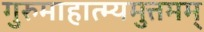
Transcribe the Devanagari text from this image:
गुरुमाहात्म्यमुत्तमम्